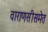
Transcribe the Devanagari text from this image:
वाराणसीसमेत